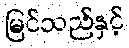
မြင်သည်နှင့်